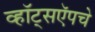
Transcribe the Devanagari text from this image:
व्हॉट्सऍपचे